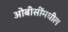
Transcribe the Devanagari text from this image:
ओबीसींमधील